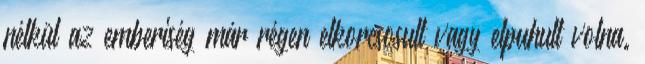
nélkül az emberiség már régen elkorcsosult vagy elpuhult volna.